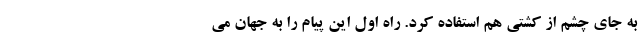
به جای چشم از کشتی هم استفاده کرد. راه اول این پیام را به جهان می